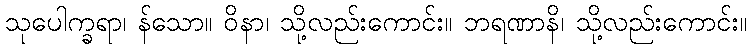
သုပေါက္ခရာ၊ န်သော။ ဝိနာ၊ သို့လည်းကောင်း။ ဘရဏာနိ၊ သို့လည်းကောင်း။